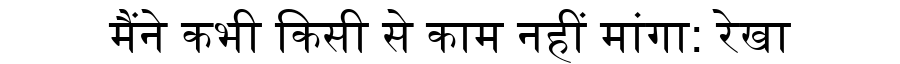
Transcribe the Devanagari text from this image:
मैंने कभी किसी से काम नहीं मांगा: रेखा